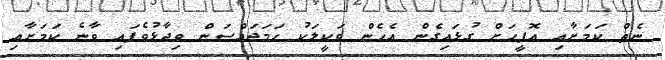
ނެތް ކަމަށާއި އޮފީހަށް ގުޅައިގެން އެހެން ވަކީލަކު ހަމަޖައްސަން ވިދާޅުވެފައި ވާނެ ކަމަށާއި